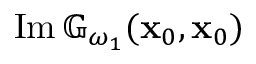
\operatorname { I m } \mathbb { G } _ { \omega _ { 1 } } ( \mathbf { x } _ { 0 } , \mathbf { x } _ { 0 } )